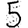
Digit: 5